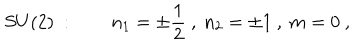
S U ( 2 ) \ : \quad \quad n _ { 1 } = \pm { \frac { 1 } { 2 } } \ , \ n _ { 2 } = \pm 1 \ , \ m = 0 \ ,